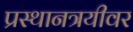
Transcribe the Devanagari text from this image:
प्रस्थानत्रयीवर